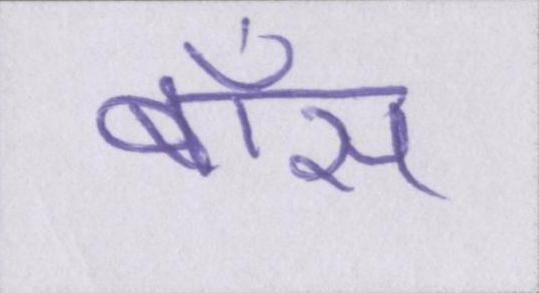
बॉस